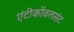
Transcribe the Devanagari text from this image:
एंटीकोंवलसंट